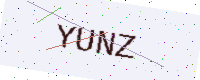
Text: YUNZ